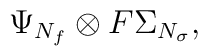
\Psi _{N_{f}}\otimes F\Sigma _{N_{\sigma }},